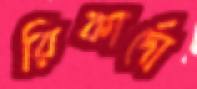
রিকার্দো